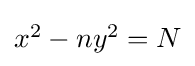
\textstyle x^{2}-ny^{2}=N